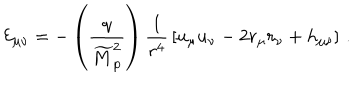
{ \cal E } _ { \mu \nu } = - \left( { \frac { q } { \widetilde { M } _ { \mathrm { p } } ^ { 2 } } } \right) { \frac { 1 } { r ^ { 4 } } } \left[ u _ { \mu } u _ { \nu } - 2 r _ { \mu } r _ { \nu } + h _ { \mu \nu } \right] \, .